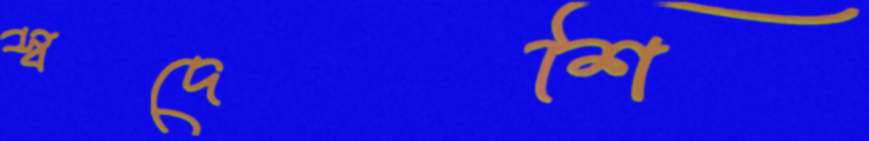
স্বদেশি